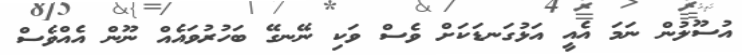
އުސޫލުން ނަމަ އެއީ އަޅުގަނޑަކަށް ވެސް ވަކި ނޭނގޭ ބަހުރުވައެއް ނޫން އެއްވެސް